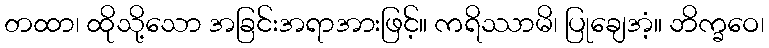
တထာ၊ ထိုသို့သော အခြင်းအရာအားဖြင့်။ ကရိဿာမိ၊ ပြုချေအံ့။ ဘိက္ခဝေ၊